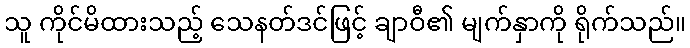
သူ ကိုင်မိထားသည့် သေနတ်ဒင်ဖြင့် ချာဝီ၏ မျက်နှာကို ရိုက်သည်။